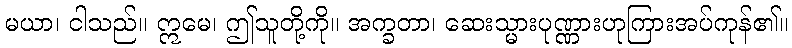
မယာ၊ ငါသည်။ ဣမေ၊ ဤသူတို့ကို။ အက္ခတာ၊ ဆေးသ္မားပုဏ္ဏားဟုကြားအပ်ကုန်၏။